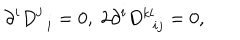
\partial ^ { i } D _ { \; \; i } ^ { j } = 0 , \; 2 \partial ^ { i } D _ { \; \; i j } ^ { k l } = 0 ,